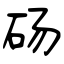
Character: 砀